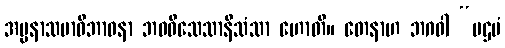
အပ္ပနာသမာဓိဘာဝနာ ဘဝဝိသေသာနိသံသာ ဟောတိ။ တေနာဟ ဘဂဝါ “ပဌမံ